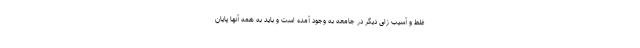
غلط و آسیب زای دیگر در جامعه به وجود آمده است و باید به همه آنها پایان